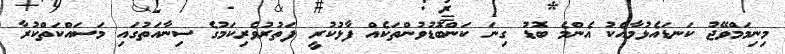
މިނިމަމްވޭޖު ކަނޑައެޅުމާއެކު އެންމެ ބޮޑު ގިނަ ކަންބޮޑުވުންތަކެއް ފާޅުކުރީ ފަތުރުވެރިކަމުގެ ސިނާއަތުގައި މަސައްކަތްކުރާ